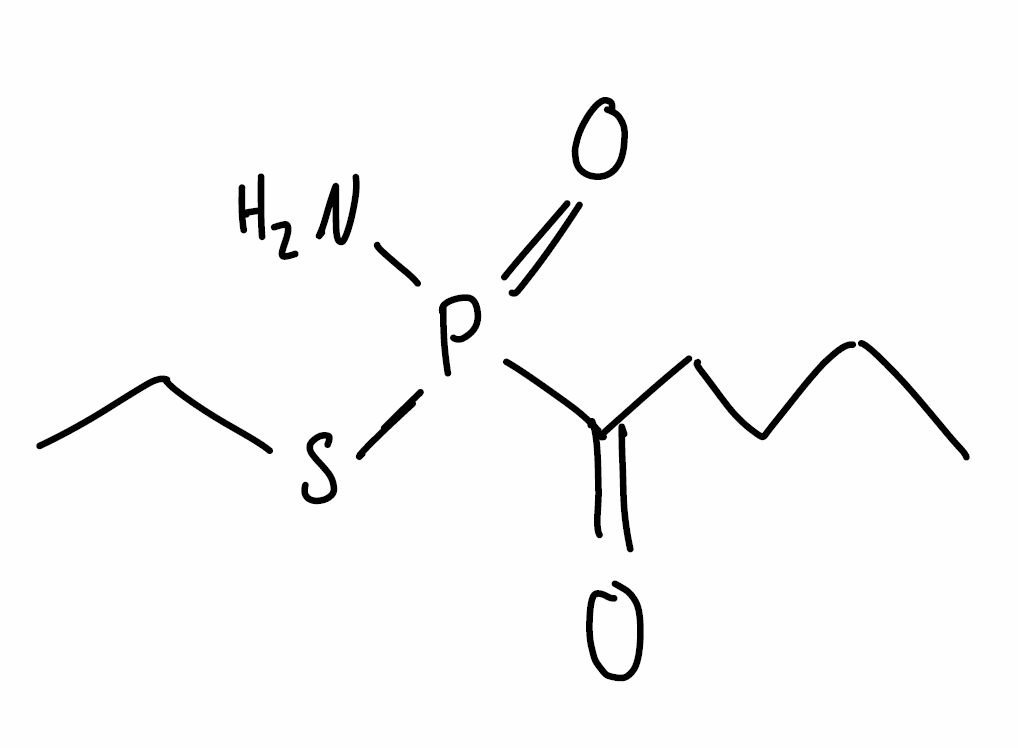
Simplified molecular-input line-entry system (SMILES) notation of the given molecule:
CCCCC(=O)P(=O)(N)SCC